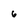
Character: 6